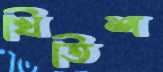
খিতিশ